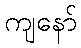
ကျနော်